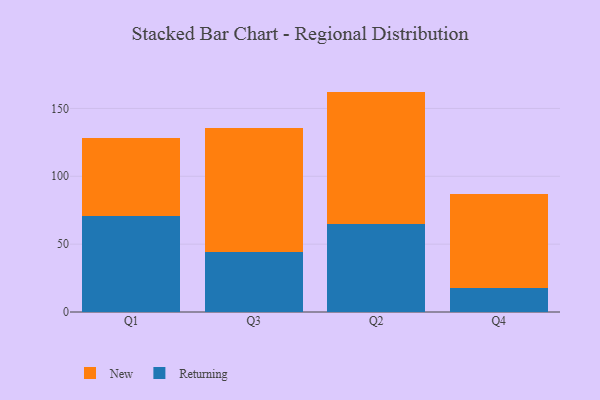
{"axis": {"x": "Quarter", "y": "Conversion Rate (%)"}, "legend": ["New", "Returning"], "data": [{"x": "Q1", "y": 70.6, "type": "Returning"}, {"x": "Q1", "y": 57.5, "type": "New"}, {"x": "Q3", "y": 44.2, "type": "Returning"}, {"x": "Q3", "y": 91.5, "type": "New"}, {"x": "Q2", "y": 64.9, "type": "Returning"}, {"x": "Q2", "y": 97.5, "type": "New"}, {"x": "Q4", "y": 17.5, "type": "Returning"}, {"x": "Q4", "y": 69.8, "type": "New"}]}